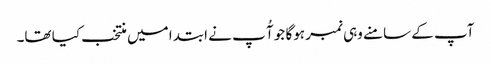
آپ کے سامنے وہی نمبر ہوگا جو آُ پ نے ابتدا میں منتخب کیا تھا۔